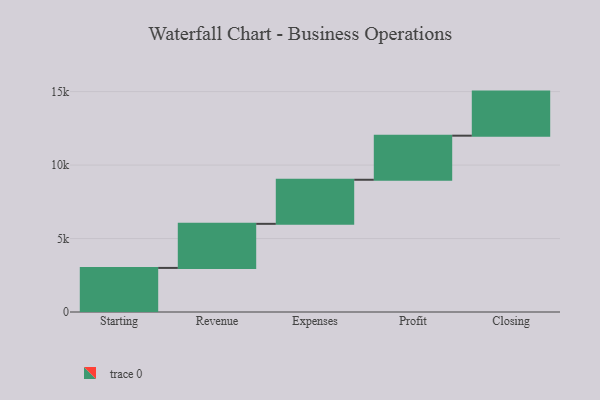
{"axis": {"x": "Step", "y": "Value"}, "legend": [""], "data": [{"x": "Starting", "y": 3000, "type": ""}, {"x": "Revenue", "y": 3000, "type": ""}, {"x": "Expenses", "y": 3000, "type": ""}, {"x": "Profit", "y": 3000, "type": ""}, {"x": "Closing", "y": 3000, "type": ""}]}